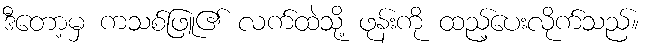
ဒီတော့မှ ကသစ်ဖြူ၏ လက်ထဲသို့ ဖုန်းကို ထည့်ပေးလိုက်သည်။